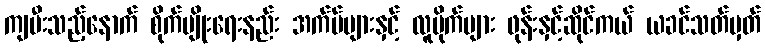
ကျပီးသည့်နောက် စိုက်ပျိုးရေးနည်း အက်ပ်များနှင့် လူမိုက်များ ဖုန်းနှင့်ဆိုင်ကယ် ယခင်သတ်မှတ်